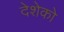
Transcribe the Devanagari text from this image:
देशेको